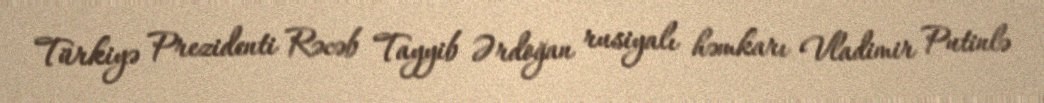
Türkiyə Prezidenti Rəcəb Tayyib Ərdoğan rusiyalı həmkarı Vladimir Putinlə